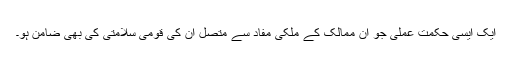
ایک ایسی حکمت عملی جو ان ممالک کے ملکی مفاد سے متصل ان کی قومی سلامتی کی بھی ضامن ہو۔